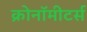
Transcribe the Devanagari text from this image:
क्रोनॉमीटर्स